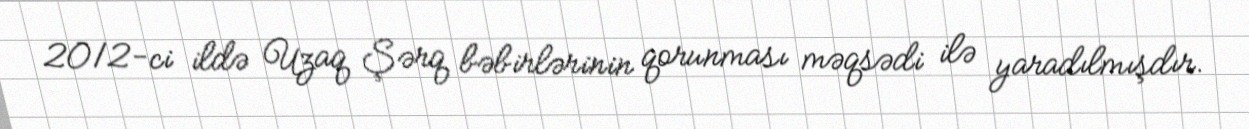
2012-ci ildə Uzaq Şərq bəbirlərinin qorunması məqsədi ilə yaradılmışdır.